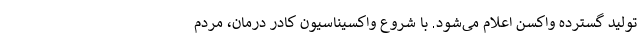
تولید گسترده واکسن اعلام می‌شود. با شروع واکسیناسیون کادر درمان، مردم